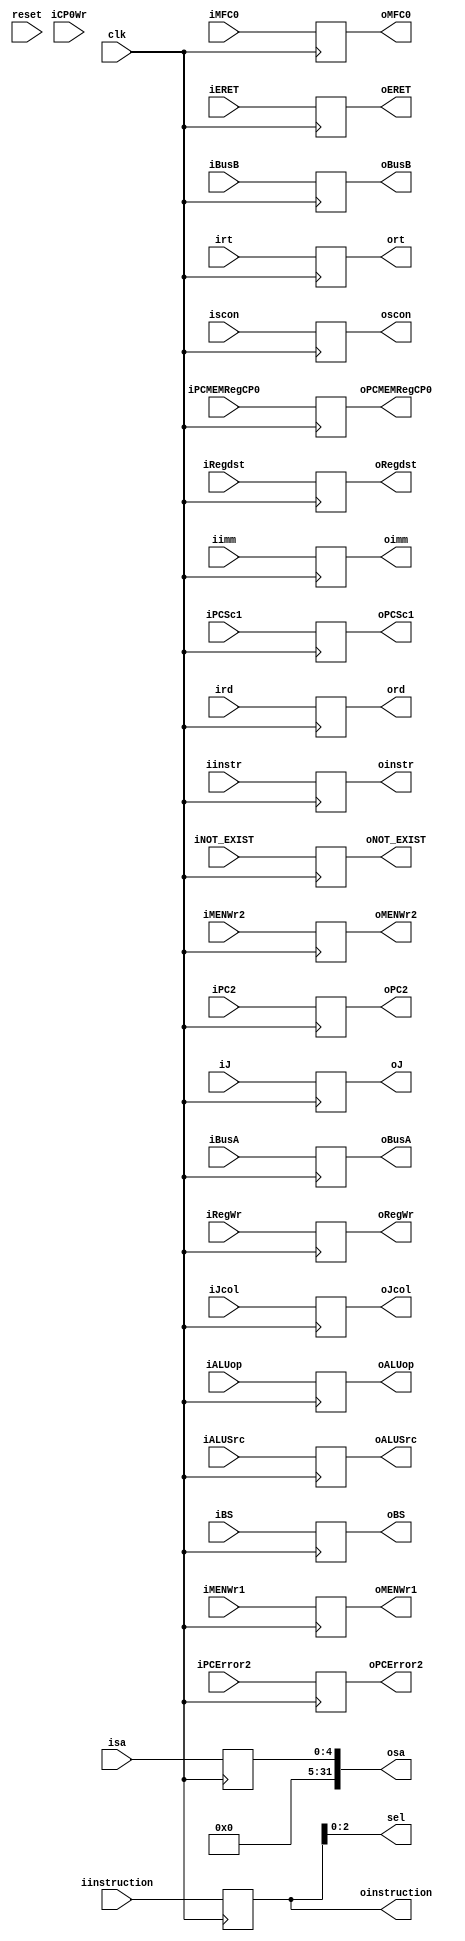
`timescale 1ns / 1ps
//////////////////////////////////////////////////////////////////////////////////
// Company: 
// Engineer: 
// 
// Design Name: 
// Module Name: EXE
// Project Name: 
// Target Devices: 
// Tool Versions: 
// Description: 
// 
// Dependencies: 
// 
// Revision:
// Revision 0.01 - File Created
// Additional Comments:
// 
//////////////////////////////////////////////////////////////////////////////////


module EXE(

    input clk,
    input reset,
    input [31:0] iPC2,
    input [31:0] iBusA,
    input [31:0] iBusB,
    input [4:0] isa,
    input [31:0] iimm,
    input [4:0] irt,
    input [4:0] ird,
    input [27:0] iinstr,

    input iALUSrc,
    input [5:0] iALUop,
    input iMENWr1,
    input [3:0] iMENWr2,
    input [1:0] iPCMEMRegCP0,
    input iPCSc1,
    input iRegWr,
    input iscon,
    input iJ,
    input iJcol,
    input iBS,
    input iERET,
    input iMFC0,
    input iCP0Wr,

    input [1:0] iRegdst,
    input [31:0] iinstruction,

    input iPCError2,
    input iNOT_EXIST,


    output [31:0] oPC2,
    output [31:0] oBusA,
    output [31:0] oBusB,
    output [31:0] osa,
    output [31:0] oimm,
    output [4:0] ort,
    output [4:0] ord,
    output [27:0] oinstr,

    output oALUSrc,
    output [5:0] oALUop,
    output oMENWr1,
    output [3:0] oMENWr2,
    output [1:0] oPCMEMRegCP0,
    output oPCSc1,
    output oRegWr,
    output oscon,
    output oJ,
    output oJcol,
    output oBS,
    output oERET,
    output oMFC0,
    output [1:0] oRegdst,

    output [31:0] oinstruction,

    
    output oPCError2,


    output [2:0] sel,

    output oNOT_EXIST

    

    );

    reg [31:0] PC2;
    reg [31:0] BusA;
    reg [31:0] BusB;
    reg [4:0] sa;
    reg [31:0] imm;
    reg [4:0] rt;
    reg [4:0] rd;
    reg [27:0] instr;

    reg ALUSrc;
    reg [5:0] ALUop;
    reg MENWr1;
    reg [3:0] MENWr2;
    reg [1:0] PCMEMRegCP0;
    reg PCSc1;
    reg RegWr;
    reg scon;
    reg J;
    reg Jcol;
    reg BS;
    reg ERET;
    reg MFC0;
    
    reg [1:0] Regdst;

    reg [31:0] instruction;

    reg PCError2;

    reg NOT_EXIST;

    

    assign oPC2=PC2;
    assign oBusA=BusA;

    assign oBusB=BusB;
    assign osa={27'b0,sa};
    assign oimm=imm;
    assign ort=rt;
    assign ord=rd;
    assign oinstr=instr;

    assign oALUSrc=ALUSrc;
    assign oALUop=ALUop;
    assign oMENWr1=MENWr1;
    assign oMENWr2=MENWr2;
    assign oPCMEMRegCP0=PCMEMRegCP0;
    assign oPCSc1=PCSc1;
    assign oRegWr=RegWr;
    assign oscon=scon;
    assign oJ=J;
    assign oJcol=Jcol;
    assign oBS=BS;
    assign oERET=ERET;
    assign oMFC0=MFC0;

    assign oRegdst=Regdst;

    assign oinstruction=instruction;

    assign oPCError2=PCError2;


    assign sel=instruction[2:0];

    assign oNOT_EXIST=NOT_EXIST;

    



always@(posedge clk)

begin

    if(!reset)
    begin
        PC2=0;
        BusA=0;
        BusB=0;
        sa=0;
        imm=0;
        rt=0;
        rd=0;
        instr=0;

        ALUSrc=0;
        ALUop=0;
        MENWr1=0;
        MENWr2=0;
        PCMEMRegCP0=0;
        PCSc1=0;
        RegWr=0;
        scon=0;
        J=0;
        Jcol=0;
        BS=0;
        ERET=0;
        MFC0=0;
        Regdst=0;
        instruction=0;
        PCError2=0;
        NOT_EXIST=1;


    end


    PC2<=iPC2;
    BusA<=iBusA;
    BusB<=iBusB;
    sa<=isa;
    imm<=iimm;
    rt<=irt;
    rd<=ird;
    instr<=iinstr;

    ALUSrc<=iALUSrc;
    ALUop<=iALUop;
    MENWr1<=iMENWr1;
    MENWr2<=iMENWr2;
    PCMEMRegCP0<=iPCMEMRegCP0;
    PCSc1<=iPCSc1;
    RegWr<=iRegWr;
    scon<=iscon;
    J<=iJ;
    Jcol<=iJcol;
    BS<=iBS;
    ERET<=iERET;
    MFC0<=iMFC0;

    Regdst<=iRegdst;
    instruction<=iinstruction;

    PCError2<=iPCError2;

    NOT_EXIST=iNOT_EXIST;

    

end

endmodule